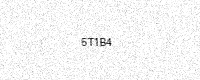
Text: 5T1B4